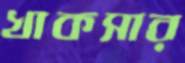
খাকসার